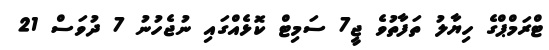
ޓްރަމްޕްގެ ހިޔާލު ތަފާތުވެ ޖީ7 ސަމިޓް ކޮޅެއްގައި ނުޖެހުނު 7 ދުވަސް 21